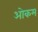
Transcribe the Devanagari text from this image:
ओकम